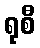
ရုစီ